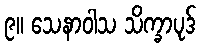
၉။ သေနာဝါသ သိက္ခာပုဒ်